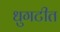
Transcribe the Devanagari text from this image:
धुगटीत